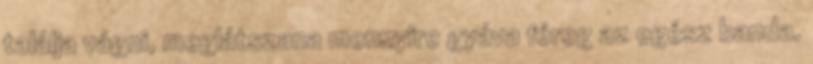
találja vágni, meglátszana mennyire gyáva féreg az egész banda.